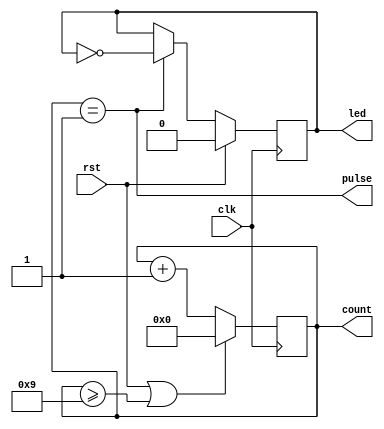
`timescale 1ns / 1ps
//////////////////////////////////////////////////////////////////////////////////
// Company: 
// Engineer: 
// 
// Design Name: 
// Module Name: clk_10
// Project Name: 
// Target Devices: 
// Tool Versions: 
// Description: 
// 
// Dependencies: 
// 
// Revision:
// Revision 0.01 - File Created
// Additional Comments:
// 
//////////////////////////////////////////////////////////////////////////////////


module clk_10(
    input clk,
    input rst,
    output reg led,
    output reg [3:0]count,
    output pulse
    );
    always@(posedge clk)
    begin
        if(rst || count >= 4'h9) 
            count <= 4'h0;
        else 
            count <= count + 4'h1;
    end
    assign pulse = (count == 4'h1);
    always@(posedge clk)
    begin
        if(rst)
            led <= 1'b0;
        else if(pulse) 
            led <= ~led;
    end
endmodule